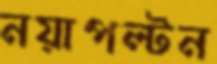
নয়াপল্টন